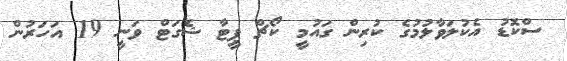
ސްކޮޑު އެކުލަވާލުމުގެ ކުރިން ގައުމީ ކޯޗް ޕީޓާ ޝެގަޓް ވަނީ 19 އަހަރުން